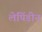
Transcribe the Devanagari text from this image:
लेपिंडीन